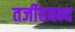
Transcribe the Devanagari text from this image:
तर्जीहबन्द